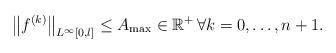
LaTeX: \begin{align*}{\left\| {{f^{(k)}}} \right\|_{{L^\infty }[0,l]}} \le {A_{{\max}}} \in {\mathbb{R}^ + }\,\forall k = 0, \ldots ,n + 1.\end{align*}